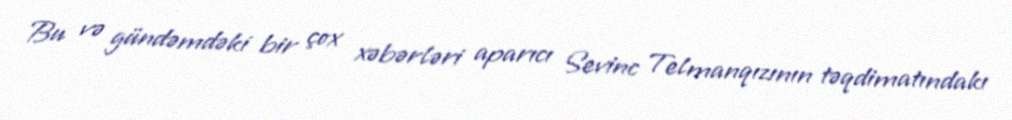
Bu və gündəmdəki bir çox xəbərləri aparıcı Sevinc Telmanqızının təqdimatındakı